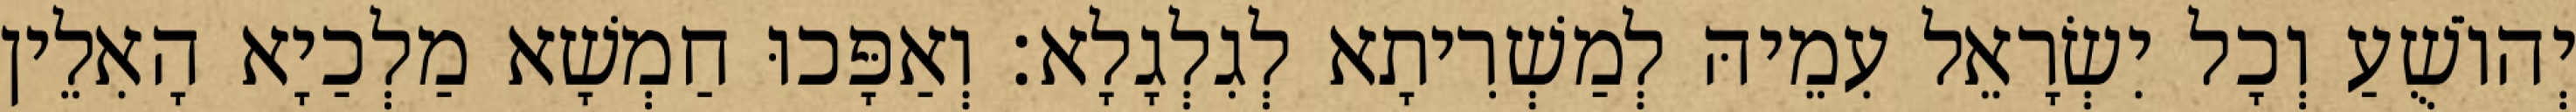
יְהוֹשֻׁעַ וְכָל יִשְׂרָאֵל עִמֵיהּ לְמַשְׁרִיתָא לְגִלְגָלָא׃ וְאַפָּכוּ חַמְשָׁא מַלְכַיָא הָאִלֵין